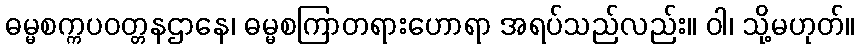
ဓမ္မစက္ကပဝတ္တနဌာနေ၊ ဓမ္မစကြာတရားဟောရာ အရပ်သည်လည်း။ ဝါ၊ သို့မဟုတ်။